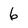
Character: 6